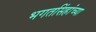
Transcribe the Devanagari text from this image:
भगतसिंहांच्या